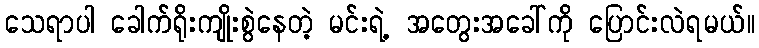
သေရာပါ ခေါက်ရိုးကျိုးစွဲနေတဲ့ မင်းရဲ့ အတွေးအခေါ်ကို ပြောင်းလဲရမယ်။